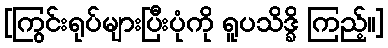
[ကြွင်းရုပ်များပြီးပုံကို ရူပသိဒ္ခိ ကြည့်။]